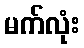
မက်လုံး